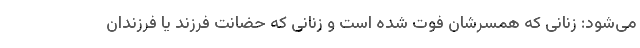
می‌شود: زنانی که همسرشان فوت شده است و زنانی که حضانت فرزند یا فرزندان